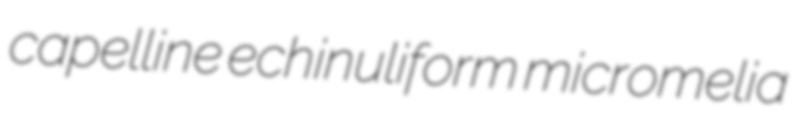
capelline echinuliform micromelia